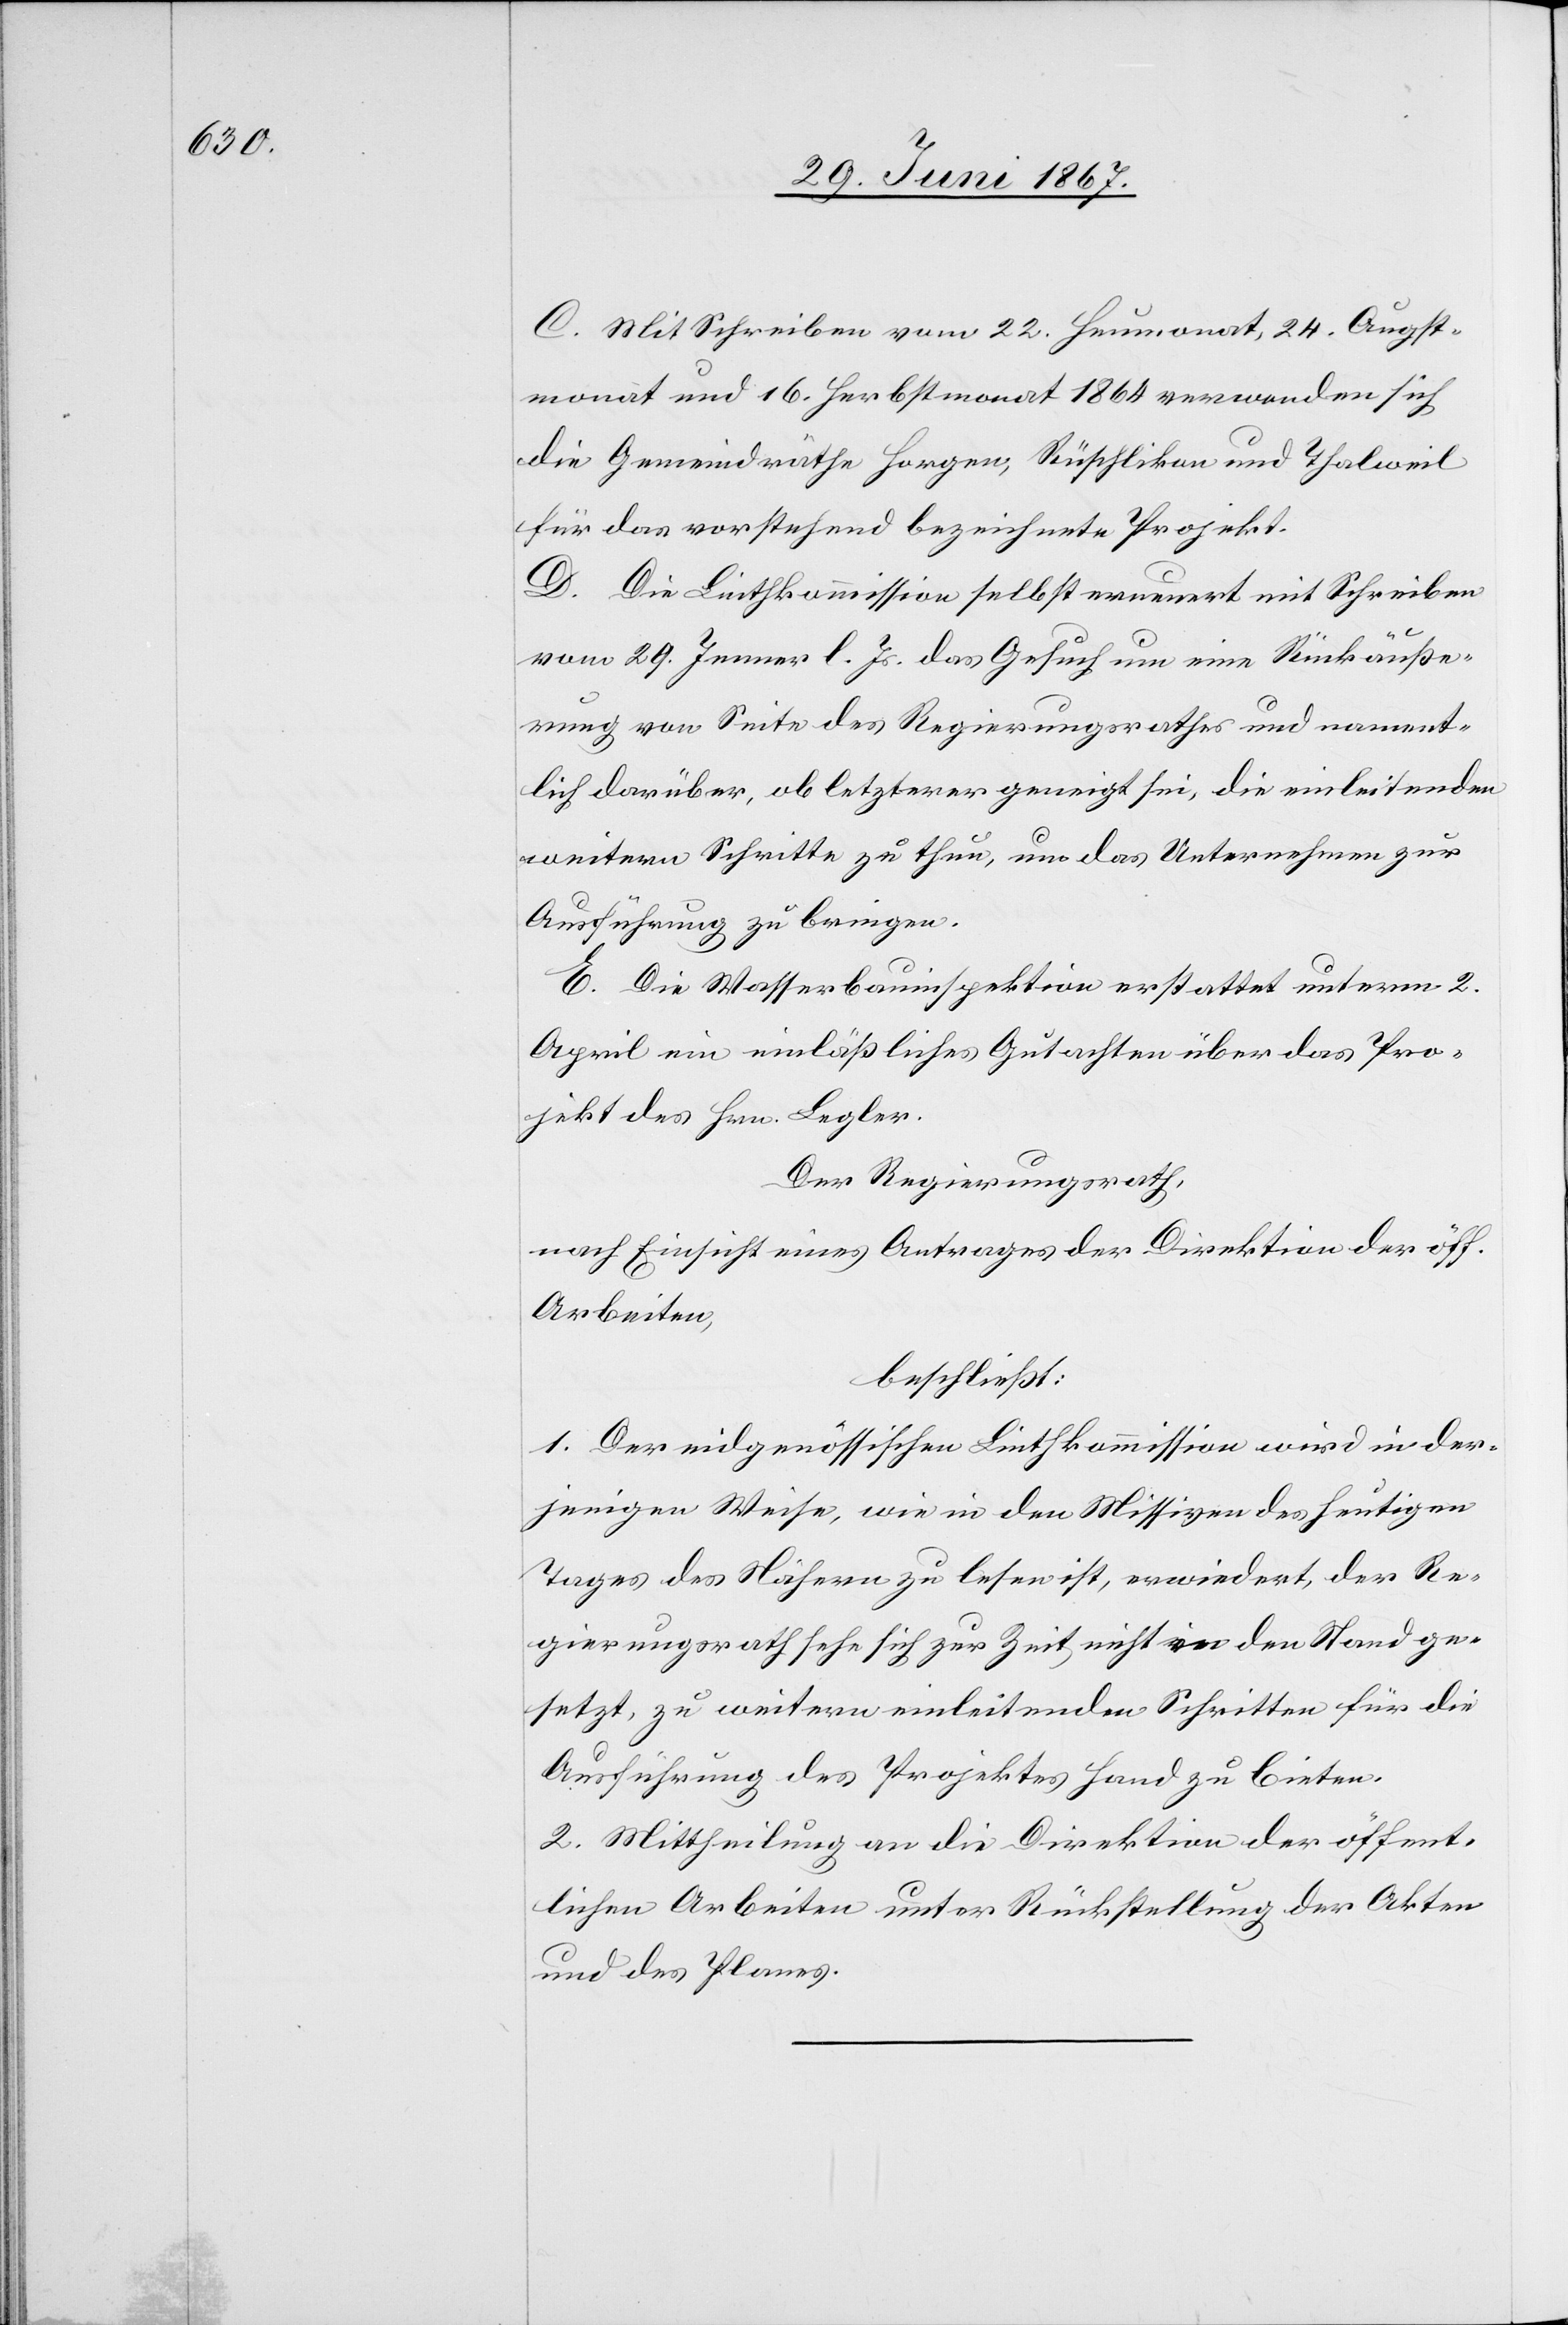
C. Mit Schreiben vom 22. Heumonat, 24. Augst¬
monat und 16. Herbstmonat 1864 verwenden sich
die Gemeindräthe Horgen, Rüschlikon und Thalweil
für das vorstehend bezeichnete Projekt.
D. Die Linthkommission selbst erneuert mit Schreiben
vom 29. Jenner l. Js. das Gesuch um eine Rückäuße¬
rung von Seite des Regierungsrathes und nament¬
lich darüber, ob letzterer geneigt sei, die einleitenden
weitern Schritte zu thun, um das Unternehmen zur
Ausführung zu bringen.
E. Die Wasserbauinspektion erstattet unterm 2.
April ein einläßliches Gutachten über das Pro¬
jekt des Hrn. Begler.
Der Regierungsrath,
Nach Einsicht eines Antrages der Direktion der öff.
Arbeiten
beschließt:
1. Der eidgenössischen Linthkommission wird in der¬
jenigen Weise, wie in den Missiven des heutigen
Tages des Nähern zu lesen ist, erwiedert, der Re¬
gierungsrath sehe sich zur Zeit nicht im Stand ge¬
setzt, zu weitern einleitenden Schritten für die
Ausführung des Projektes Hand zu bieten.
2. Mittheilung an die Direktion der öffentl.
und des Planes.